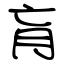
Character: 肓